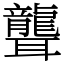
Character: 聾